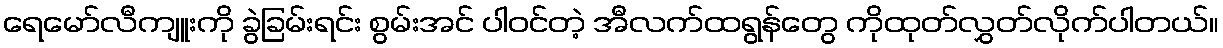
ရေမော်လီကျူးကို ခွဲခြမ်းရင်း စွမ်းအင် ပါဝင်တဲ့ အီလက်ထရွန်တွေ ကိုထုတ်လွှတ်လိုက်ပါတယ်။